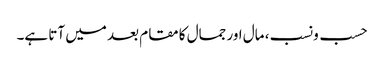
حسب ونسب، مال اور جمال کا مقام بعد میں آتا ہے۔